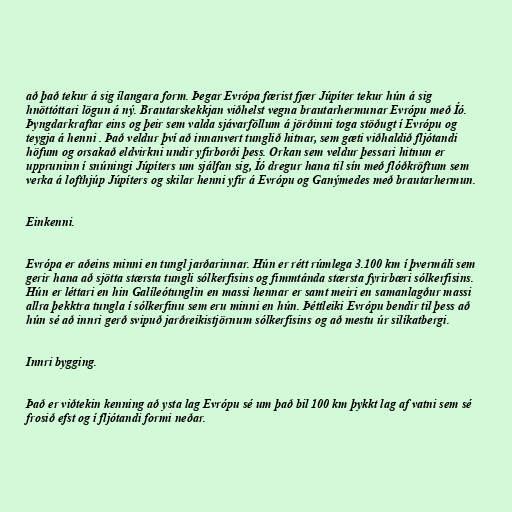
að það tekur á sig ílangara form. Þegar Evrópa færist fjær Júpíter tekur hún á sig
hnöttóttari lögun á ný. Brautarskekkjan viðhelst vegna brautarhermunar Evrópu með Íó.
Þyngdarkraftar eins og þeir sem valda sjávarföllum á jörðinni toga stöðugt í Evrópu og
teygja á henni . Það veldur því að innanvert tunglið hitnar, sem gæti viðhaldið fljótandi
höfum og orsakað eldvirkni undir yfirborði þess. Orkan sem veldur þessari hitnun er
uppruninn í snúningi Júpíters um sjálfan sig, Íó dregur hana til sín með flóðkröftum sem
verka á lofthjúp Júpíters og skilar henni yfir á Evrópu og Ganýmedes með brautarhermun.

Einkenni.

Evrópa er aðeins minni en tungl jarðarinnar. Hún er rétt rúmlega 3.100 km í þvermáli sem
gerir hana að sjötta stærsta tungli sólkerfisins og fimmtánda stærsta fyrirbæri sólkerfisins.
Hún er léttari en hin Galíleótunglin en massi hennar er samt meiri en samanlagður massi
allra þekktra tungla í sólkerfinu sem eru minni en hún. Þéttleiki Evrópu bendir til þess að
hún sé að innri gerð svipuð jarðreikistjörnum sólkerfisins og að mestu úr silíkatbergi.

Innri bygging.

Það er viðtekin kenning að ysta lag Evrópu sé um það bil 100 km þykkt lag af vatni sem sé
frosið efst og í fljótandi formi neðar.